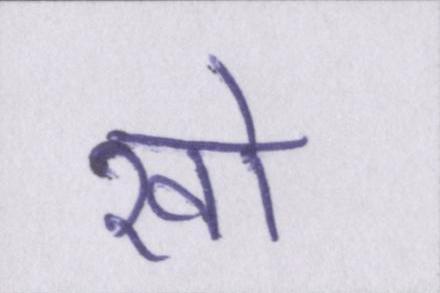
खो